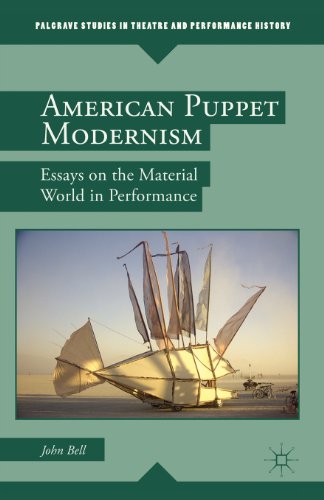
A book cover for American Puppet Modernism: Essays on the Material World in Performance (Palgrave Studies in Theatre and Performance History); John R. Bell; Crafts, Hobbies & Home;